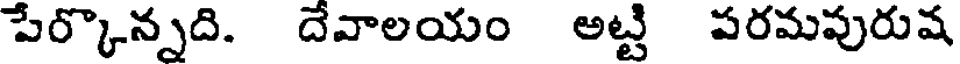
పేర్కొన్నది. దేవాలయం అట్టి పరమపురుష